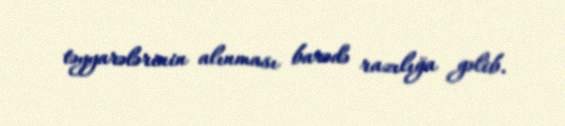
təyyarələrinin alınması barədə razılığa gəlib.